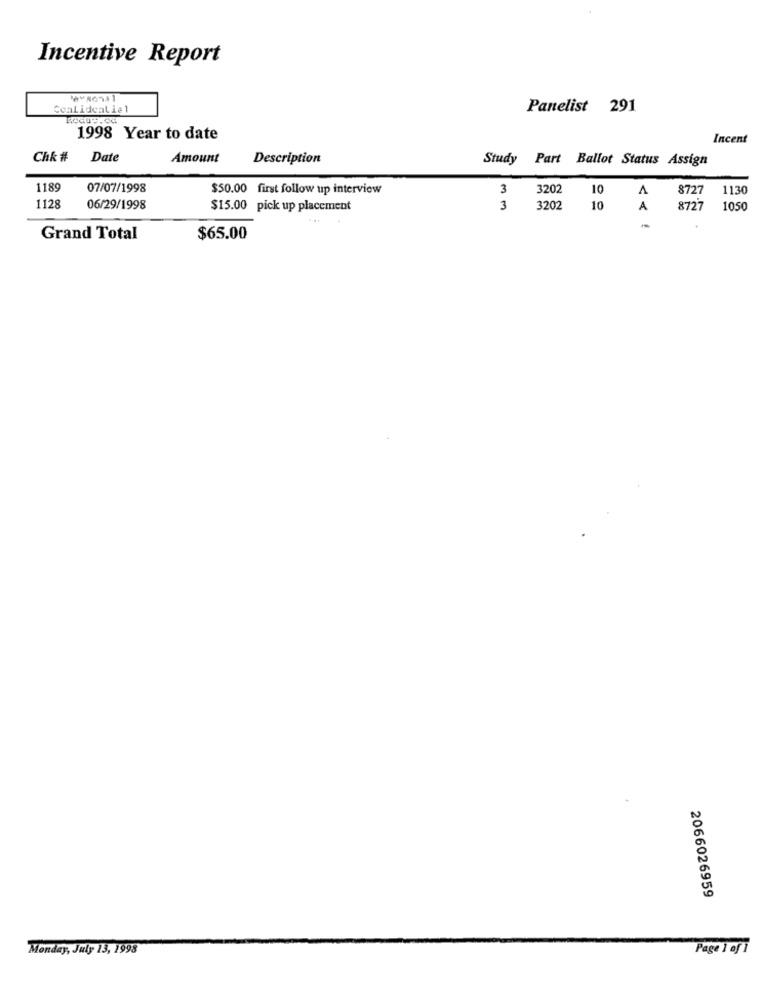
Incentive Report
Coalidealiel
Panelist 291
1998 Year to date
Incent
Ch& #
Date
Amount
Description
Study Part Ballot Status Assign
1189
07/07/1998
$50.00 first follow up interview
3
3202
10
A
8727
1130
1128
06/29/1998
$15.00 pick up placement
3
3202
10
A
8727
1050
Grand Total
$65.00
2066026959
Monday, July 13, 1998
Page 1 of 1